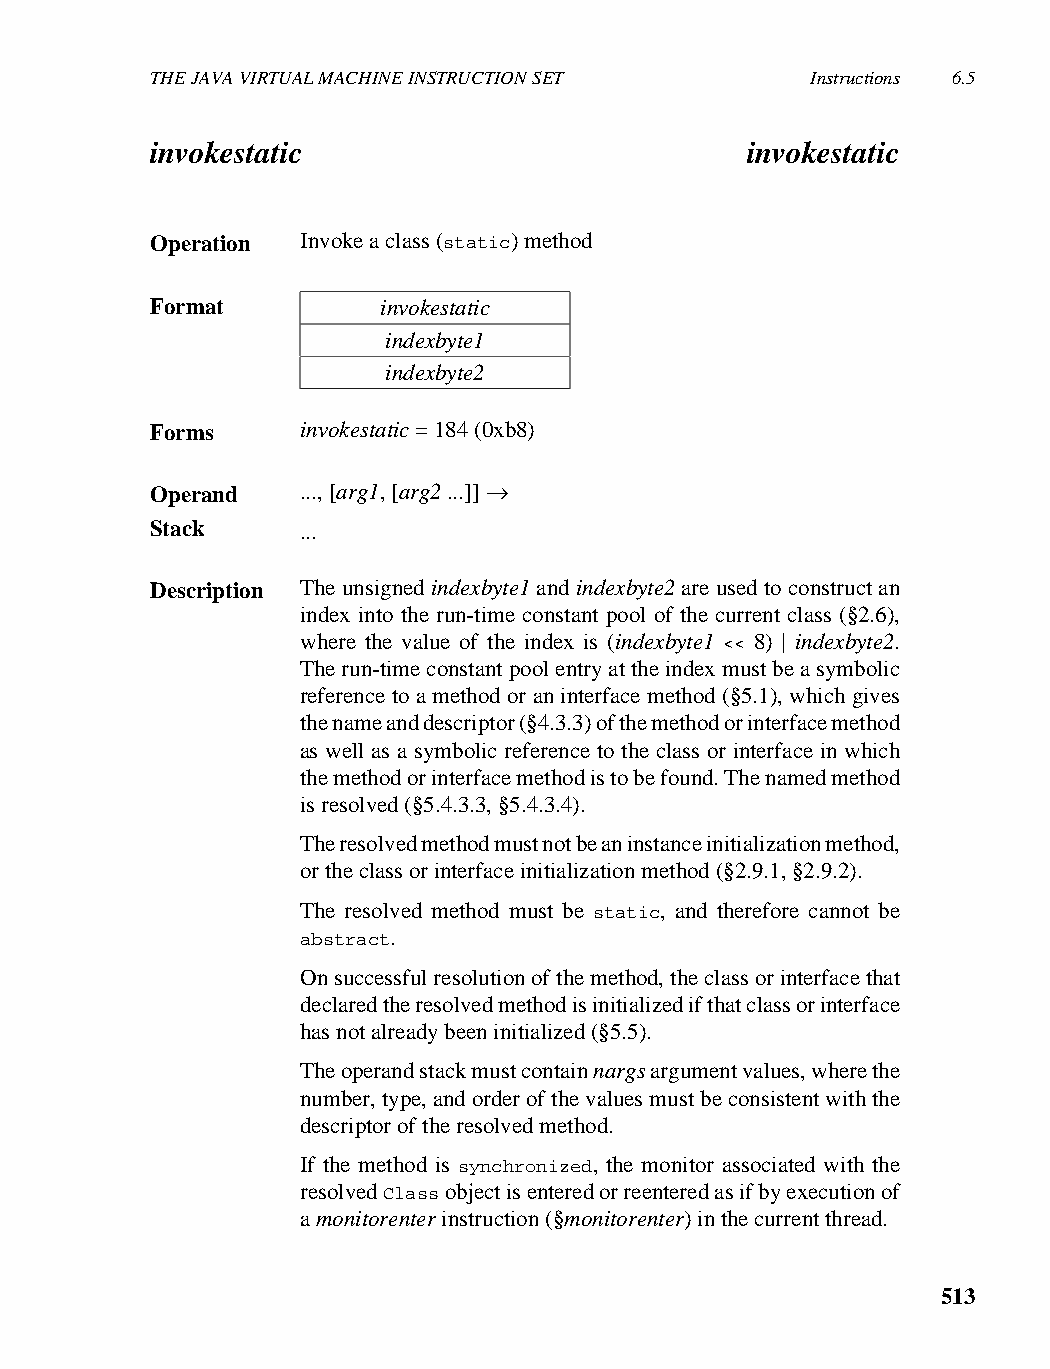
THE JAVA VIRTUAL MACHINE INSTRUCTION SET    Instructions 6.5
 invokestatic                           invokestatic
 Operation Invoke a class (static) method
 Format         invokestatic
 indexbyte1
 indexbyte2
 Forms     invokestatic = 184 (0xb8)
 Operand   ..., [arg1, [arg2 ...]] →
 Stack     ...
 Description The unsigned indexbyte1 and indexbyte2 are used to construct an
 index into the run-time constant pool of the current class (§2.6),
 where the value of the index is (indexbyte1 << 8) | indexbyte2.
 The run-time constant pool entry at the index must be a symbolic
 reference to a method or an interface method (§5.1), which gives
 the name and descriptor (§4.3.3) of the method or interface method
 as well as a symbolic reference to the class or interface in which
 the method or interface method is to be found. The named method
 is resolved (§5.4.3.3, §5.4.3.4).
 The resolved method must not be an instance initialization method,
 or the class or interface initialization method (§2.9.1, §2.9.2).
 The resolved method must be static, and therefore cannot be
 abstract.
 On successful resolution of the method, the class or interface that
 declared the resolved method is initialized if that class or interface
 has not already been initialized (§5.5).
 The operand stack must contain nargs argument values, where the
 number, type, and order of the values must be consistent with the
 descriptor of the resolved method.
 If the method is synchronized, the monitor associated with the
 resolved Class object is entered or reentered as if by execution of
 a monitorenter instruction (§monitorenter) in the current thread.
 513